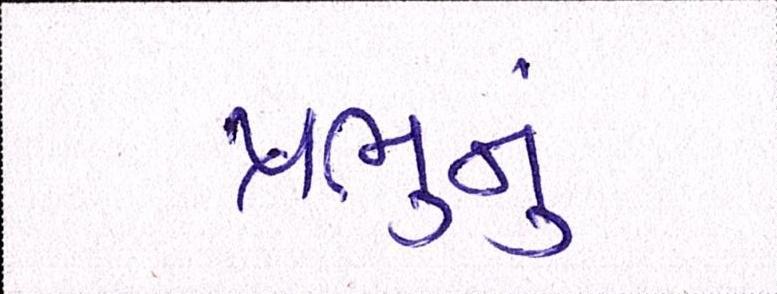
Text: પ્રભુનું